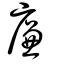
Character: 廉